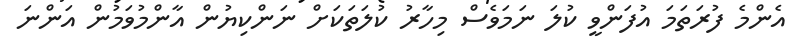
އެންމެ ފުރަތަމަ އުފަންވީ ކުލަ ނަމަވެސް މިހާރު ކުލަތަކަށް ނަންކިޔުން އާންމުވަމުން އަންނަ